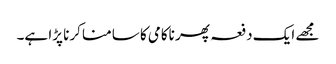
مجھے ایک دفعہ پھر ناکامی کا سامنا کرنا پڑا ہے۔